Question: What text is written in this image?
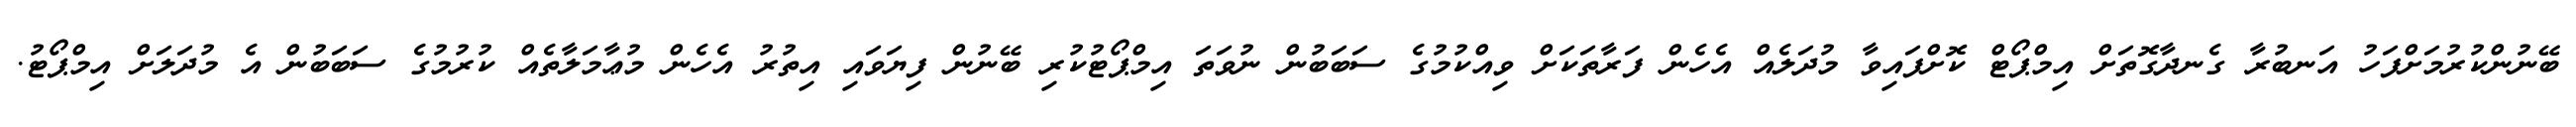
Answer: ބޭނުންކުރުމަށްފަހު އަނބުރާ ގެނދާގޮތަށް އިމްޕޯޓް ކޮށްފައިވާ މުދަލެއް އެހެން ފަރާތަކަށް ވިއްކުމުގެ ސަބަބުން ނުވަތަ އިމްޕޯޓުކުރި ބޭނުން ފިޔަވައި އިތުރު އެހެން މުޢާމަލާތެއް ކުރުމުގެ ސަބަބުން އެ މުދަލަށް އިމްޕޯޓު.